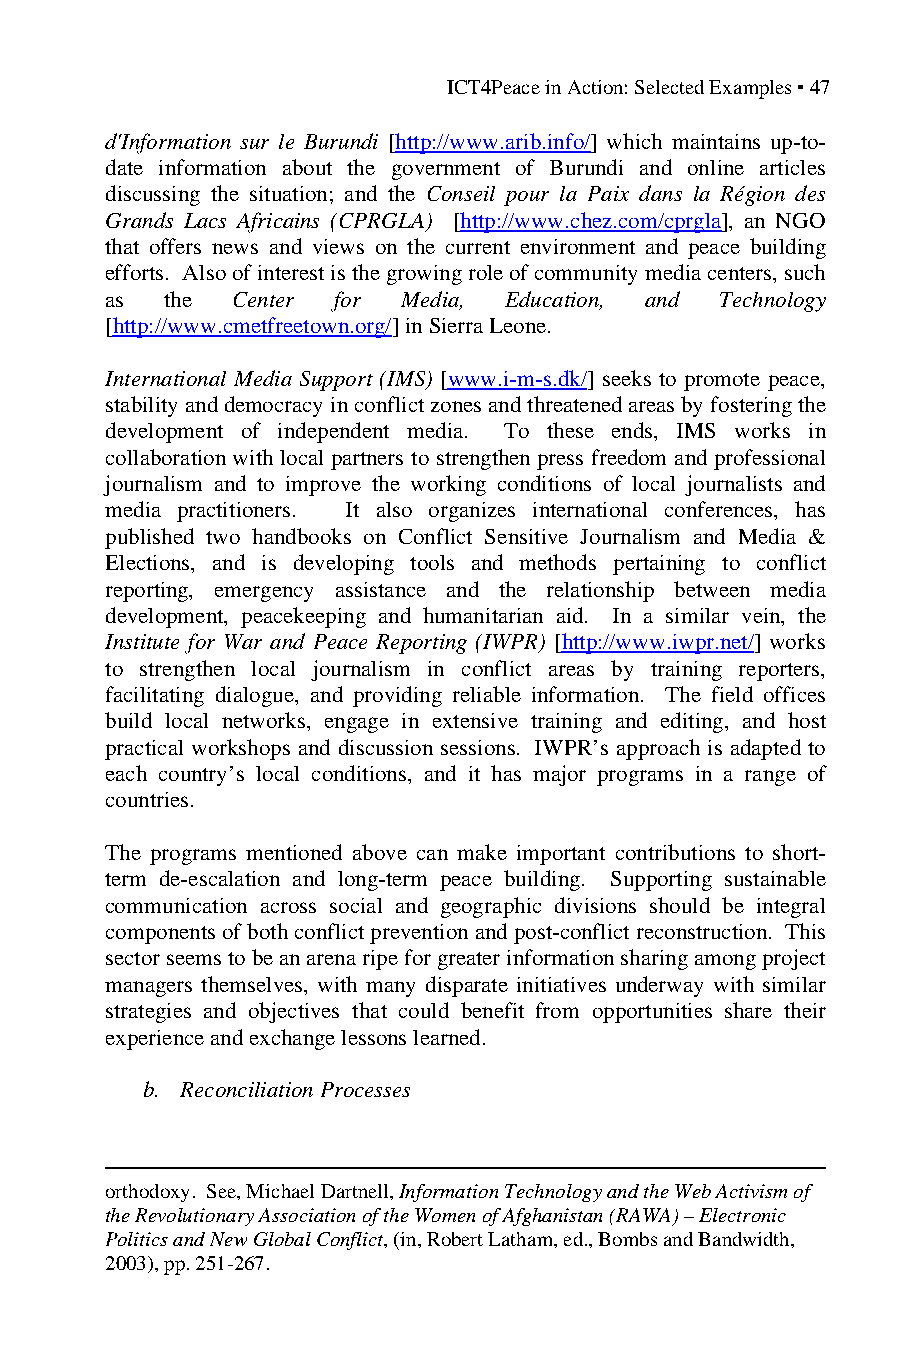
ICT4Peace in Action: Selected Examples ▪ 47
 d'Information sur le Burundi [http://www.arib.info/] which maintains up-to-
 date information about the government of Burundi and online articles
 discussing the situation; and the Conseil pour la Paix dans la Région des
 Grands Lacs Africains (CPRGLA) [http://www.chez.com/cprgla], an NGO
 that offers news and views on the current environment and peace building
 efforts. Also of interest is the growing role of community media centers, such
 as  the Center for  Media, Education, and Technology
 [http://www.cmetfreetown.org/] in Sierra Leone.
 International Media Support (IMS) [www.i-m-s.dk/] seeks to promote peace,
 stability and democracy in conflict zones and threatened areas by fostering the
 development of independent media. To these ends, IMS works in
 collaboration with local partners to strengthen press freedom and professional
 journalism and to improve the working conditions of local journalists and
 media practitioners. It also organizes international conferences, has
 published two handbooks on Conflict Sensitive Journalism and Media &
 Elections, and is developing tools and methods pertaining to conflict
 reporting, emergency assistance and the relationship between media
 development, peacekeeping and humanitarian aid. In a similar vein, the
 Institute for War and Peace Reporting (IWPR) [http://www.iwpr.net/] works
 to strengthen local journalism in conflict areas by training reporters,
 facilitating dialogue, and providing reliable information. The field offices
 build local networks, engage in extensive training and editing, and host
 practical workshops and discussion sessions. IWPR’s approach is adapted to
 each country’s local conditions, and it has major programs in a range of
 countries.
 The programs mentioned above can make important contributions to short-
 term de-escalation and long-term peace building. Supporting sustainable
 communication across social and geographic divisions should be integral
 components of both conflict prevention and post-conflict reconstruction. This
 sector seems to be an arena ripe for greater information sharing among project
 managers themselves, with many disparate initiatives underway with similar
 strategies and objectives that could benefit from opportunities share their
 experience and exchange lessons learned.
 b. Reconciliation Processes
 orthodoxy. See, Michael Dartnell, Information Technology and the Web Activism of
 the Revolutionary Association of the Women of Afghanistan (RAWA) – Electronic
 Politics and New Global Conflict, (in, Robert Latham, ed., Bombs and Bandwidth,
 2003), pp. 251-267.